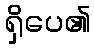
ရှိပေ၏